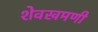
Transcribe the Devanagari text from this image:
शेवखमणी